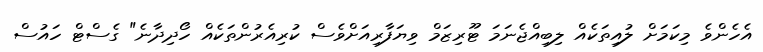
އެހެންވެ މިކަމަށް ލުއިތަކެއް ލިބިއްޖެނަމަ ޓޫރިޒަމް ވިޔަފާރިއަށްވެސް ކުރިއެރުންތަކެއް ހޯދިދާނެ" ގެސްޓް ހައުސް